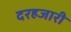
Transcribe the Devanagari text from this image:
दरहजारी